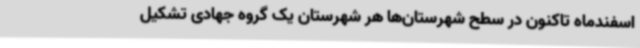
اسفندماه تاکنون در سطح شهرستان‌ها هر شهرستان یک گروه جهادی تشکیل